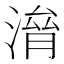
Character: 𣺃